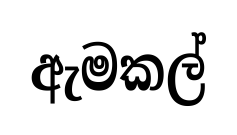
ඇමකල්